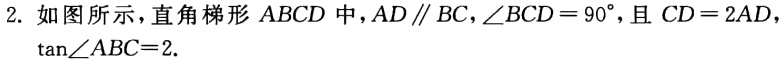
2. 如图所示，直角梯形 \(ABCD\) 中，\(AD\parallel BC\)，\(\angle BCD = 90^{\circ}\)，且 \(CD = 2AD\)，\(\tan\angle ABC=2\).